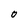
Character: O